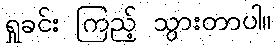
ရှုခင်း ကြည့် သွားတာပါ။